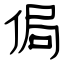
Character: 侷